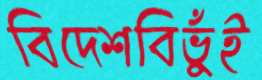
বিদেশবিভুঁই